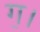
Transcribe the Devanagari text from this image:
ग॒।